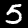
Digit: 5